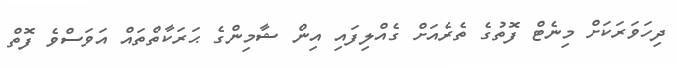
ދިހަވަރަކަށް މިނެޓް ފޮތުގެ ތެރެއަށް ގެއްލިފައި އިން ޝާމިންގެ ޙަރަކާތްތައް އަވަސްވެ ފޮތް